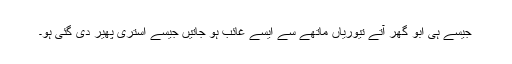
جیسے ہی ابو گھر آتے تیوریاں ماتھے سے ایسے غائب ہو جاتیں جیسے استری پھیر دی گئی ہو۔